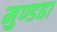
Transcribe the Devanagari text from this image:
मुण्डहा